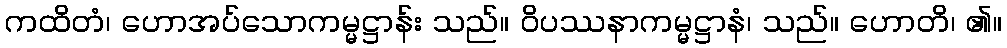
ကထိတံ၊ ဟောအပ်သောကမ္မဋ္ဌာန်း သည်။ ဝိပဿနာကမ္မဋ္ဌာနံ၊ သည်။ ဟောတိ၊ ၏။